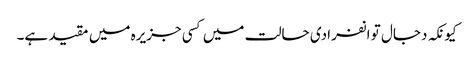
کیونکہ دجال تو انفرادی حالت میں کسی جزیرہ میں مقید ہے۔